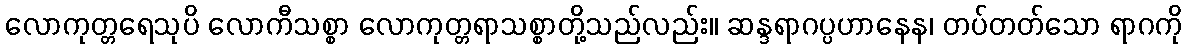
လောကုတ္တရေသုပိ လောကီသစ္စာ လောကုတ္တရာသစ္စာတို့သည်လည်း။ ဆန္ဒရာဂပ္ပဟာနေန၊ တပ်တတ်သော ရာဂကို